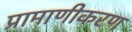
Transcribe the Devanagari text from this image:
प्रामाणीकरण